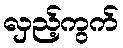
လှည့်ကွက်